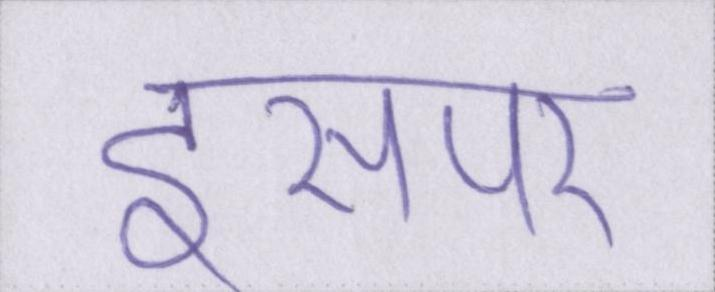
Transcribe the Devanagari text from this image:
इसपर